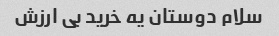
سلام دوستان یه خرید بی ارزش